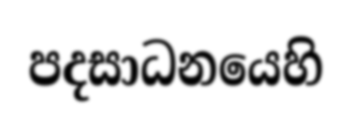
පදසාධනයෙහි